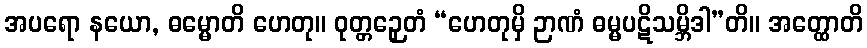
အပရော နယော, ဓမ္မောတိ ဟေတု။ ဝုတ္တဉှေတံ “ဟေတုမှိ ဉာဏံ ဓမ္မပဋိသမ္ဘိဒါ”တိ။ အတ္ထောတိ